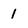
Character: 1